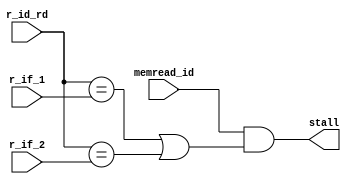
module haz(
    input memread_id, // Whether a read from memory is occuring in the EX stage (IDEX flop)
    input [2:0] r_id_rd, // Destination of the read from memory
    input [2:0] r_if_1, /// Two possible regs that could be impacted by the read
    input [2:0] r_if_2, /// (Second reg)
    output stall // Whether to stall in decode
);

assign stall = memread_id && ((r_id_rd == r_if_1) || (r_id_rd == r_if_2));

endmodule